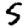
Digit: 5